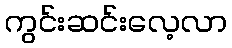
ကွင်းဆင်းလေ့လာ